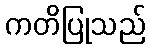
ကတိပြုသည်